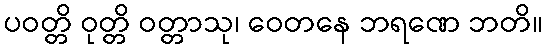
ပဝတ္တိ ဝုတ္တိ ဝတ္တာသု၊ ဝေတနေ ဘရဏေ ဘတိ။